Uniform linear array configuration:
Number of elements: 12
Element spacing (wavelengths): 0.25
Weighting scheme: binomial
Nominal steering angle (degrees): -30
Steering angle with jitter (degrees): -30.479
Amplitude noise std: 0.05
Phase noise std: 0.05

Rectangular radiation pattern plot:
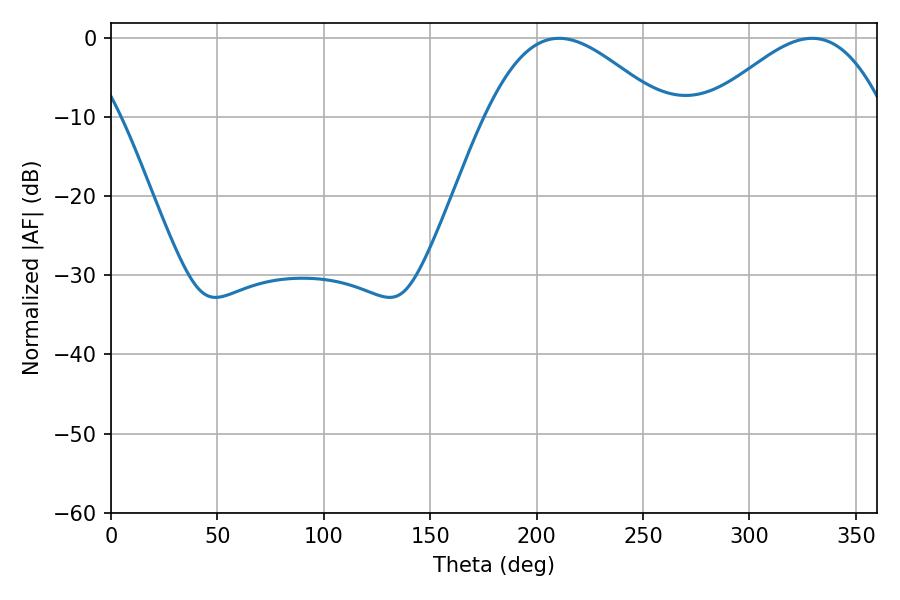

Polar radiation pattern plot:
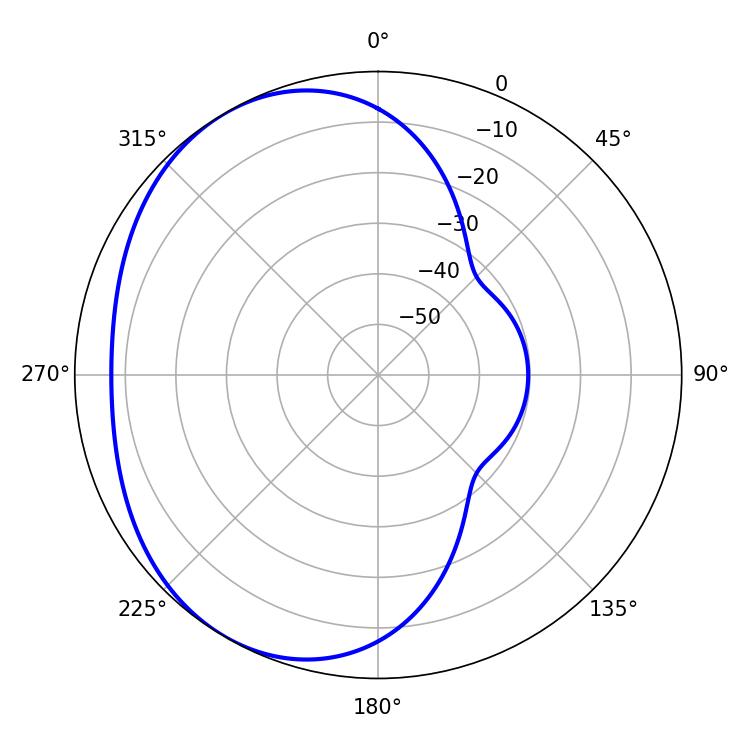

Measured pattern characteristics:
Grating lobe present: FALSE
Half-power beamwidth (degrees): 45.36
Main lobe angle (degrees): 210.6